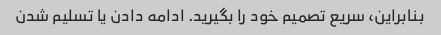
بنابراین، سریع تصمیم خود را بگیرید. ادامه دادن یا تسلیم شدن